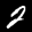
Label: 2